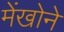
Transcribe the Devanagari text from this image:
मेंखोने